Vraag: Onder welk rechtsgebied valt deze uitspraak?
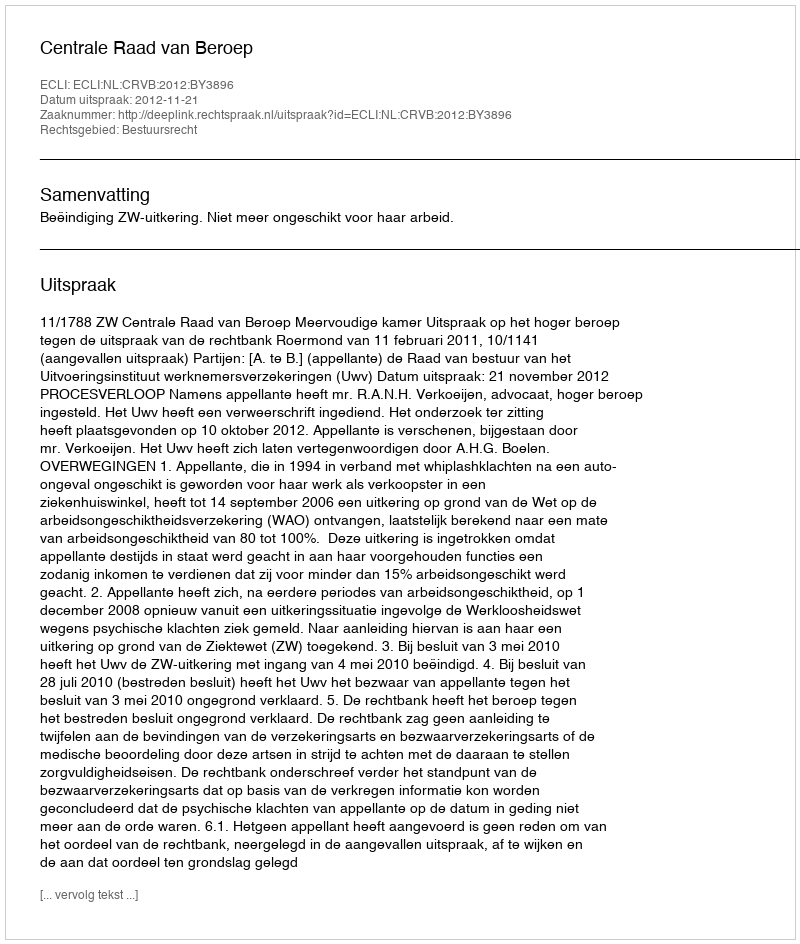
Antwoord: Bestuursrecht